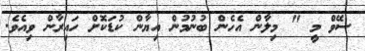
ސޭވް މީ " މިލާން އެހެން ބުނުމުން އިޔާން ކުޑަކޮށް ހައިރާން ވިއެވެ.